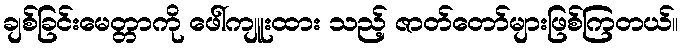
ချစ်ခြင်းမေတ္တာကို ဖေါ်ကျူးထား သည့် ဇာတ်တော်များဖြစ်ကြတယ်။